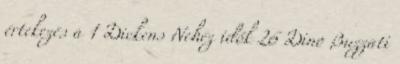
értekezés a 1 Dickens Nehéz idők 26 Dino Buzzati